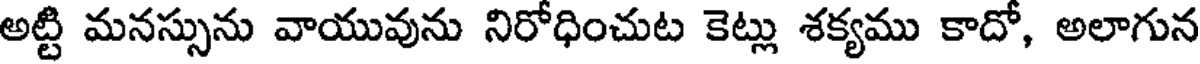
అట్టి మనస్సును వాయువును నిరోధించుట కెట్లు శక్యము కాదో, అలాగున